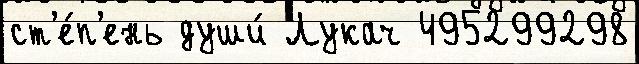
ст'е́п'ень души́ Лукач 495299298